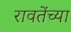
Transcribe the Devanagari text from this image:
रावतेंच्या